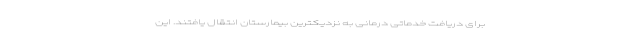
برای دریافت خدماتی درمانی به نزدیکترین بیمارستان انتقال یافتند. این